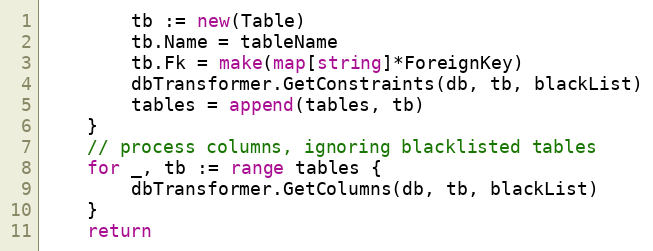
Language: Go
		tb := new(Table)
		tb.Name = tableName
		tb.Fk = make(map[string]*ForeignKey)
		dbTransformer.GetConstraints(db, tb, blackList)
		tables = append(tables, tb)
	}
	// process columns, ignoring blacklisted tables
	for _, tb := range tables {
		dbTransformer.GetColumns(db, tb, blackList)
	}
	return